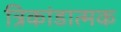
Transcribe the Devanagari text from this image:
त्रिकांडात्मक